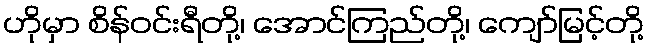
ဟိုမှာ စိန်ဝင်းရီတို့၊ အောင်ကြည်တို့၊ ကျော်မြင့်တို့